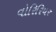
વોરિરિયર